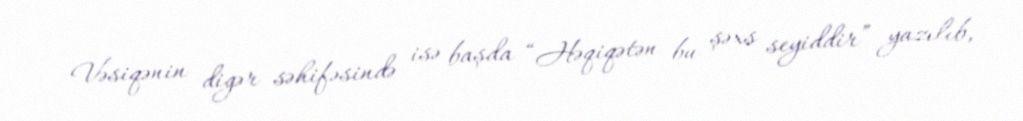
Vəsiqənin digər səhifəsində isə başda “Həqiqətən bu şəxs seyiddir” yazılıb,